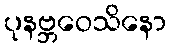
ပုနဗ္ဘဝေသိနော